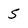
Character: S